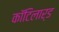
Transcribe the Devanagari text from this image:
कॉटिलार्ड